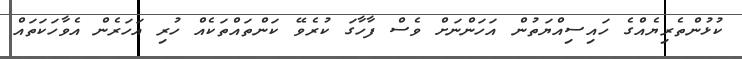
ކުޅުންތެރިޔެއްގެ ހައިސިއްޔަތުން އަހަންނަށް ވެސް ފާހާގަ ކުރެވޭ ކަންތައްތަކެއް ހުރި އަހަރެން އެވާހަކަތައް